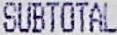
SUBTOTAL